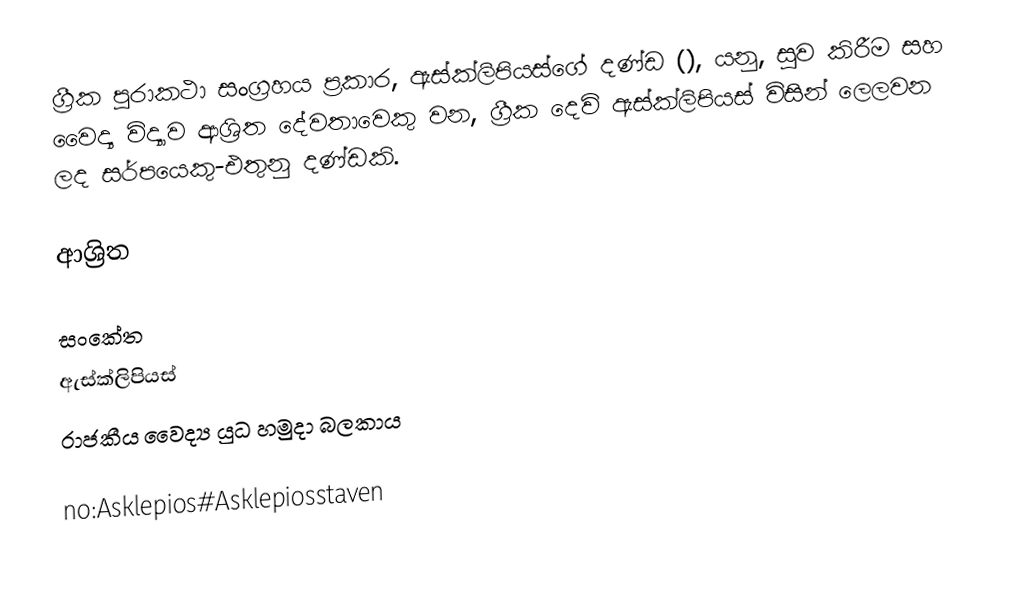
ග්‍රීක පුරාකථා සංග්‍රහය ප්‍රකාර, ඇස්ක්ලිපියස්ගේ දණ්ඩ (), යනු, සුව කිරීම සහ වෛද්‍ය විද්‍යාව ආශ්‍රිත දේවතාවෙකු වන, ග්‍රීක දෙවි  ඇස්ක්ලිපියස් විසින් ලෙලවන ලද සර්පයෙකු-එතුනු දණ්ඩකි.

ආශ්‍රිත

සංකේත
ඇස්ක්ලිපියස්
රාජකීය වෛද්‍ය යුධ හමුදා බලකාය

no:Asklepios#Asklepiosstaven